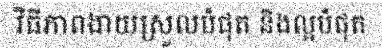
វិធីភាពងាយស្រួលបំផុត និងល្អបំផុត